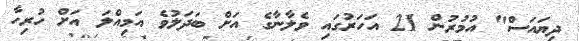
ދިޔައަސް" އުމުރުން 21 އަހަރުގައި ވެލާނާގެ އަށް ބަދަލުވެ އަމިއްލަ އަށް ހުރިހާ